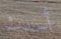
أحدث